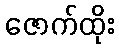
ဇောက်ထိုး